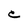
Character: C